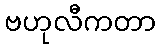
ဗဟုလီကတာ